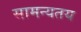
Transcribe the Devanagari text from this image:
सामन्यतय